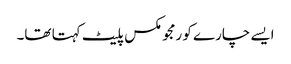
ایسے چارے کو رمجو مکس پلیٹ کہتا تھا۔